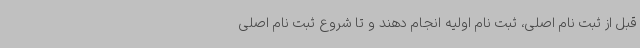
قبل از ثبت نام اصلی، ثبت نام اولیه انجام دهند و تا شروع ثبت نام اصلی